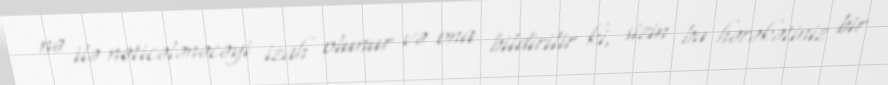
nə ilə nəticələnəcəyi izah olunur və ona bildirilir ki, sizin bu hərəkətiniz bir